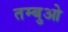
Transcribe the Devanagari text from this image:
तम्बुओ